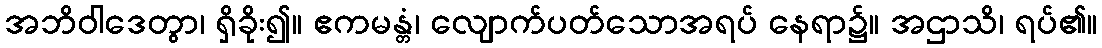
အဘိဝါဒေတွာ၊ ရှိခိုး၍။ ဧကမန္တံ၊ လျောက်ပတ်သောအရပ် နေရာ၌။ အဌာသိ၊ ရပ်၏။